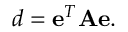
d = \mathbf { e } ^ { T } \mathbf { A } \mathbf { e } .